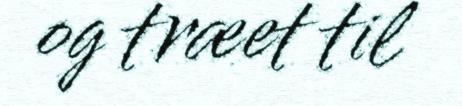
og træet til